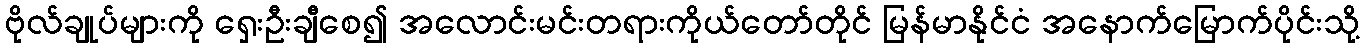
ဗိုလ်ချုပ်များကို ရှေးဦးချီစေ၍ အလောင်းမင်းတရားကိုယ်တော်တိုင် မြန်မာနိုင်ငံ အနောက်မြောက်ပိုင်းသို့